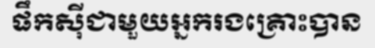
ផឹកស៊ីជាមួយអ្នករងគ្រោះបាន